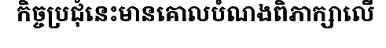
កិច្ចប្រជុំនេះមានគោលបំណងពិភាក្សាលើ